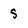
Character: s